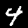
Label: 4